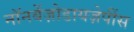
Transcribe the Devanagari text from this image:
नॉनबेंज़ोडायज़ेपींस